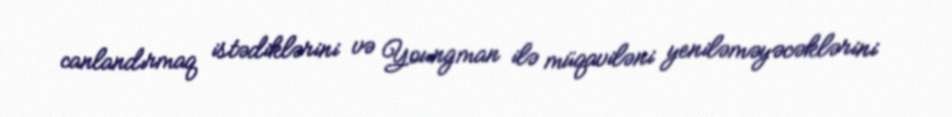
canlandırmaq istədiklərini və Youngman ilə müqaviləni yeniləməyəcəklərini